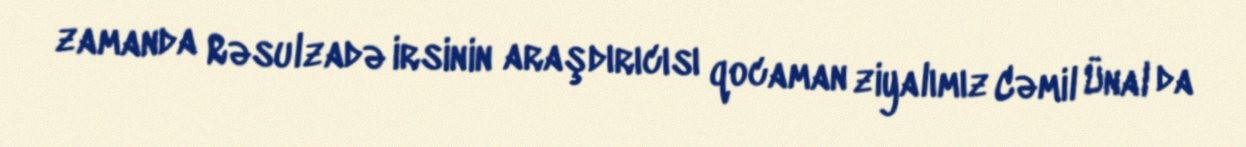
zamanda Rəsulzadə irsinin araşdırıcısı qocaman ziyalımız Cəmil Ünal da